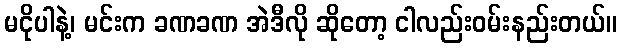
မငိုပါနဲ့၊ မင်းက ခဏခဏ အဲဒီလို ဆိုတော့ ငါလည်းဝမ်းနည်းတယ်။